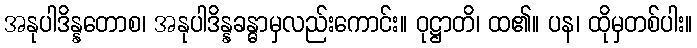
အနုပါဒိန္နတောစ၊ အနုပါဒိန္နခန္ဓာမှလည်းကောင်း။ ဝုဋ္ဌာတိ၊ ထ၏။ ပန၊ ထိုမှတစ်ပါး။